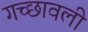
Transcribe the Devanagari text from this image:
गच्छावली